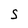
Character: S